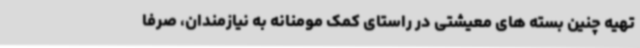
تهیه چنین بسته های معیشتی در راستای کمک مومنانه به نیازمندان، صرفا